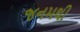
જનમથી